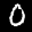
Label: 0